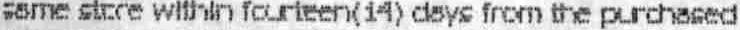
SAME STCCE WITHIN FOURTEEN(14) DAYS FROM THE PURCHASED